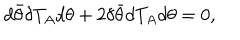
d \bar { \theta } \delta T _ { A } d \theta + 2 \delta \bar { \theta } d T _ { A } d \theta = 0 ,